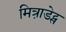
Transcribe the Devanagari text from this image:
मित्रा़डेट्स